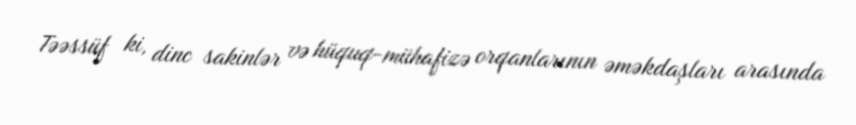
Təəssüf ki, dinc sakinlər və hüquq-mühafizə orqanlarının əməkdaşları arasında